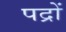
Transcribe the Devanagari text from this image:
पद्रों